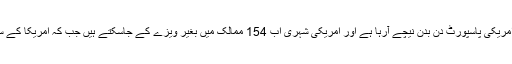
ادھر امریکی صدر ڈونلڈ ٹرمپ کے صدر بننے کے بعد امریکی پاسپورٹ دن بدن نیچے آرہا ہے اور امریکی شہری اب 154 ممالک میں بغیر ویزے کے جاسکتے ہیں جب کہ امریکا کے ساتھ چھٹے نمبر پر ملائیشیا، آئرلینڈ اور کینیڈا موجود ہیں۔